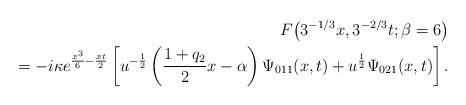
LaTeX: \begin{align*}F\big(3^{-1/3}x, 3^{-2/3}t;\beta=6\big) \\\qquad{} = -i\kappa e^{\frac{x^3}{6} -\frac{xt}{2}}\left[ u^{-\frac{1}{2}}\left(\frac{1+q_2}{2}x -\alpha\right)\Psi_{011}(x,t) +u^{\frac{1}{2}}\Psi_{021}(x,t)\right].\end{align*}